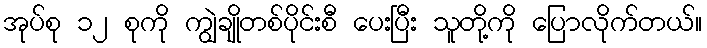
အုပ်စု ၁၂ စုကို ကျွဲချိုတစ်ပိုင်းစီ ပေးပြီး သူတို့ကို ပြောလိုက်တယ်။